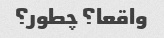
واقعا؟ چطور؟